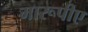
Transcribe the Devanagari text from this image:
मारूपीए